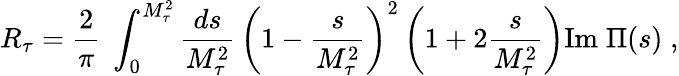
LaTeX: R_{\tau}=\frac{2}{\pi}\; \int_{0}^{M_{\tau}^{2}}{\frac{ds}{M_{\tau}^{2}}}\, \left(1-{\frac{s}{M_{\tau}^{2}}}\right)^{2}\left(1+2{\frac{s}{M_{\tau}^{2}}}\right)\mathrm{Im}\; \Pi(s)\; ,